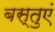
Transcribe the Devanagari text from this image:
बस्तुएं